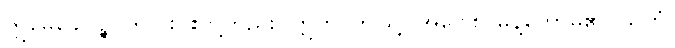
ဣမေခေါပဉ္စ၊ ဤငါးပါးတို့တည်း။ ဣတိ၊ ဤသို့။ အဝေါစ၊ မိန့်တော်မူ၏။ သတံ၊